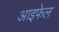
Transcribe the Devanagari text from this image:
आइफेल